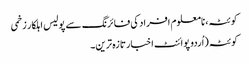
کوئٹہ، نامعلوم افراد کی فائرنگ سے پولیس اہلکار زخمی
کوئٹہ (اُردو پوائنٹ اخبارتازہ ترین۔